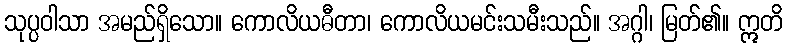
သုပ္ပဝါသာ အမည်ရှိသော။ ကောလိယဓီတာ၊ ကောလိယမင်းသမီးသည်။ အဂ္ဂါ၊ မြတ်၏။ ဣတိ